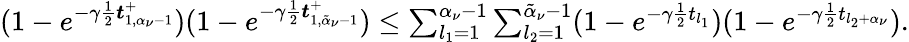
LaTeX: \begin{array}{r}{(1-e^{-\gamma\frac{1}{2}\boldsymbol{t}_{1,\alpha_{\nu}-1}^{+}})(1-e^{-\gamma\frac{1}{2}\boldsymbol{t}_{1,\tilde{\alpha}_{\nu}-1}^{+}})\leq\sum_{l_{1}=1}^{\alpha_{\nu}-1}\sum_{l_{2}=1}^{\tilde{\alpha}_{\nu}-1}(1-e^{-\gamma\frac{1}{2}t_{l_{1}}})(1-e^{-\gamma\frac{1}{2}t_{l_{2}+\alpha_{\nu}}}).}\end{array}